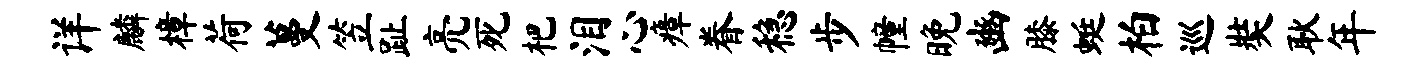
详麟樟荷蔓笠趾亮死杷泪心瘴眷稳步幢晚豳膝蜓柏巡奘耿年